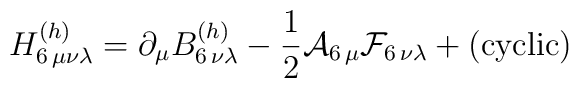
H^{(h)}_{6\,\mu\nu\lambda}= \partial_\mu B^{(h)}_{6\,\nu\lambda}- {{1}\over{2}}{\cal A}_{6\,\mu} {\cal F}_{6\,\nu\lambda} + ({\rm cyclic})